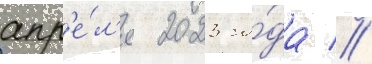
апр'е́л'я 2023 го́да //